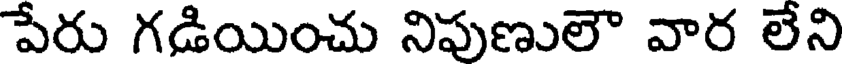
పేరు గడియించు నిపుణులౌ వార లేని